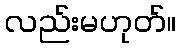
လည်းမဟုတ်။